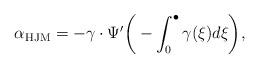
LaTeX: \begin{align*}\alpha_{\rm HJM} = - \gamma \cdot \Psi' \bigg( - \int_0^{\bullet} \gamma(\xi) d\xi \bigg),\end{align*}